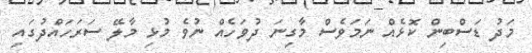
މަދު ޑަސްބިން ކޮޅެއް ނަމަވެސް މާގިނަ ދުވަހެއް ނުވެ މުޅި މާލޭ ސަރަހައްދުގައި